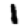
Digit: 1